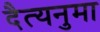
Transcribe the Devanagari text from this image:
दैत्यनुमा